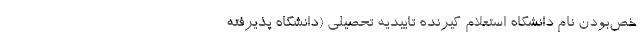
خص‌بودن نام دانشگاه استعلام گیرنده تاییدیه تحصیلی (دانشگاه پذیرفته